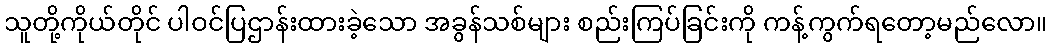
သူတို့ကိုယ်တိုင် ပါဝင်ပြဌာန်းထားခဲ့သော အခွန်သစ်များ စည်းကြပ်ခြင်းကို ကန့်ကွက်ရတော့မည်လော။